Madras plague regulations in force outside the Presidency town - Volume 5
Disease focus: Plague
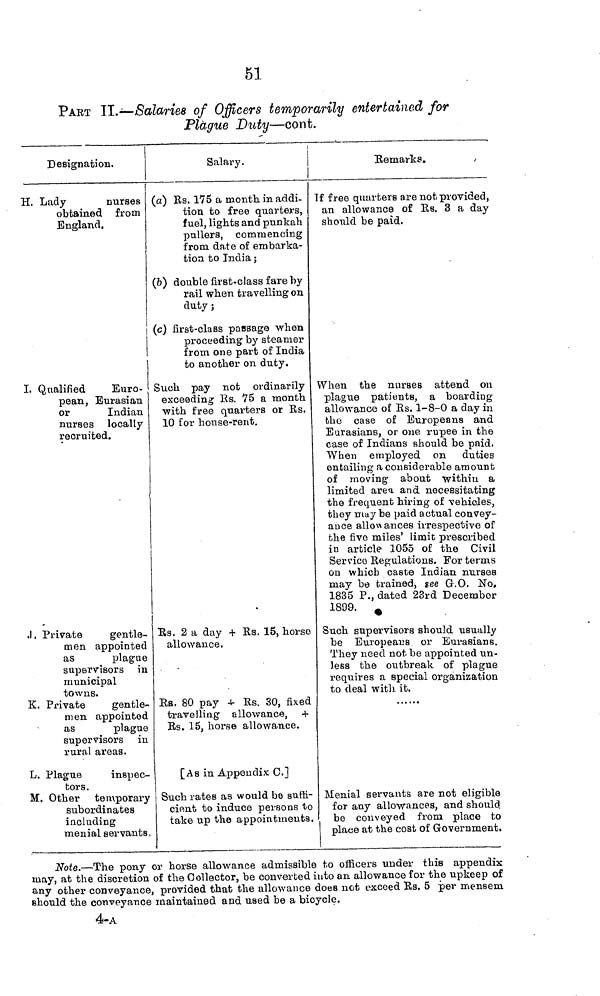
51
PART II.—Salaries of Officers temporarily entertained for
Plague Duty—cont.
Designation.
H. Lady
nurses
obtained from
England.
I. Qualified
Euro-
pean, Eurasian
or
Indian
nurses locally
recruited.
J. Private
gentle-
men appointed
as
plague
supervisors in
municipal
towns.
K. Private
gentle-
men appointed
as
plague
supervisors in
rural areas.
L. Plague
inspec-
tors.
M. Other temporary
subordinates
including
menial servants,
Salary.
(a) Rs. 175 a month in addi-
tion to free quarters,
fuel, lights and punkah
pullers, commencing
from date of embarka-
tion to India ;
(b) double first-class fare by
rail when travelling on
duty ;
(c) first-class passage when
proceeding by steamer
from one part of India
to another on duty.
Such pay not ordinarily
exceeding Rs. 75 a month
with free quarters or Es,
10 for house-rent.
Rs. 2 a day + Rs. 15, horse
allowance.
Rs. 80 pay + Rs. 30, fixed
travelling allowance, +
Rs. 15, horse allowance.
[As in Appendix C.]
Such rates as would be suffi-
cient to induce persons to
take up the appointments.
Remarks.
If free quarters are not provided,
an allowance of Rs. 3 a day
should be paid.
When the nurses attend on
plague patients, a boarding
allowance of Rs. 1-8-0 a day in
the case of Europeans and
Eurasians, or one rupee in the
case of Indians should be paid.
When employed on duties
entailing a considerable amount
of moving about within a
limited area and necessitating
the frequent hiring of vehicles,
they may be paid actual convey-
ance allowances irrespective of
the five miles' limit prescribed
in article 1055 of the Civil
Service Regulations. For terms
on which caste Indian nurses
may be trained, see G.O. No.
1835 P., dated 23rd December
1899.
Such supervisors should usually
be Europeans or Eurasians.
They need not be appointed un-
less the outbreak of plague
requires a special organization
to deal with it.
Menial servants are not eligible
for any allowances, and should
be conveyed from place to
place at the cost of Government.
Note.—The pony or horse allowance admissible to officer under this appendix
may, at the discretion of the Collector, be converted into an allowance for the upkeep of
any other conveyance, provided that the allowance does not exceed Rs. 5 per mensem,
should the conveyance maintained and used be a bicycle.
4-A